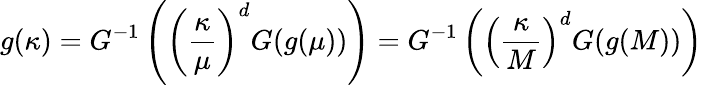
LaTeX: g(\kappa)=G^{-1}\left(\left({\frac{\kappa}{\mu}}\right)^{d}G(g(\mu))\right)=G^{-1}\left(\left({\frac{\kappa}{M}}\right)^{d}G(g(M))\right)